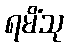
ရမိံသု